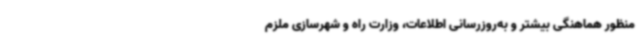
منظور هماهنگی بیشتر و به‌روزرسانی اطلاعات، وزارت راه و شهرسازی ملزم